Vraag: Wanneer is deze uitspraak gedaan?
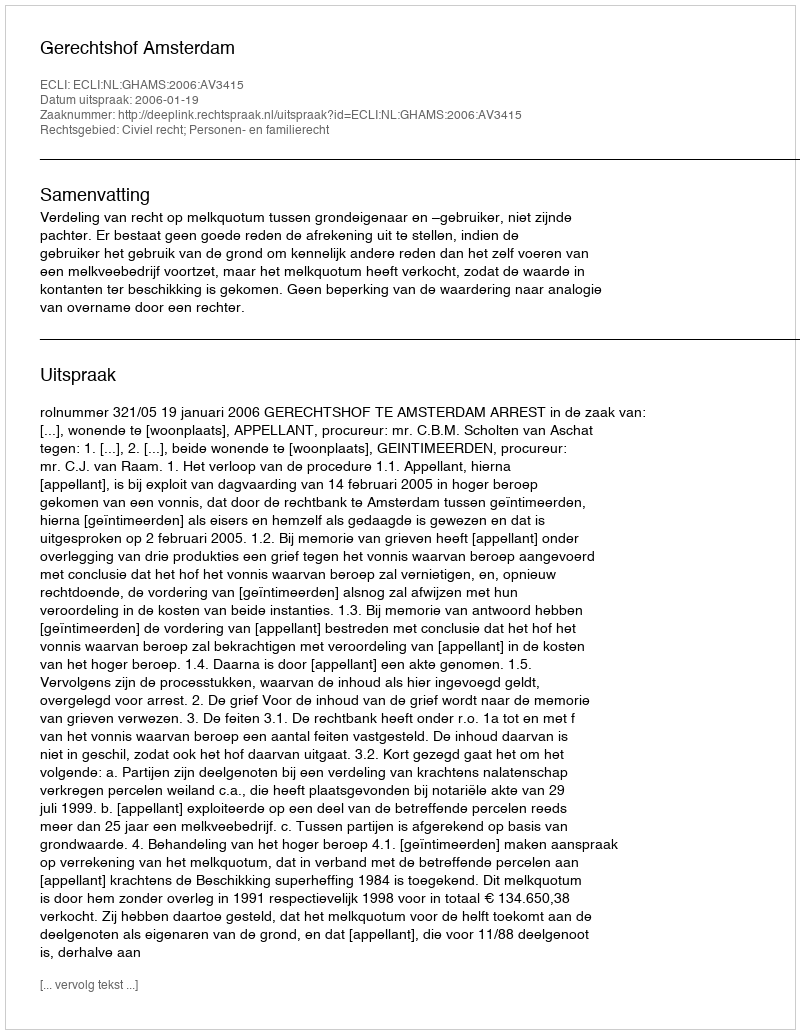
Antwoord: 2006-01-19